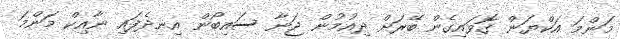
މަންމަ އަކްޔަން ގޮވައިގެން ބޭރަށް ދިއުމުން ޖަނާ ސައިބޯން އިނދެފައި ނާއިކް މަންމަ